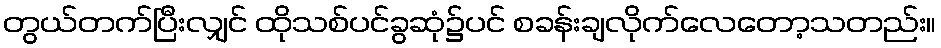
တွယ်တက်ပြီးလျှင် ထိုသစ်ပင်ခွဆုံ၌ပင် စခန်းချလိုက်လေတော့သတည်း။